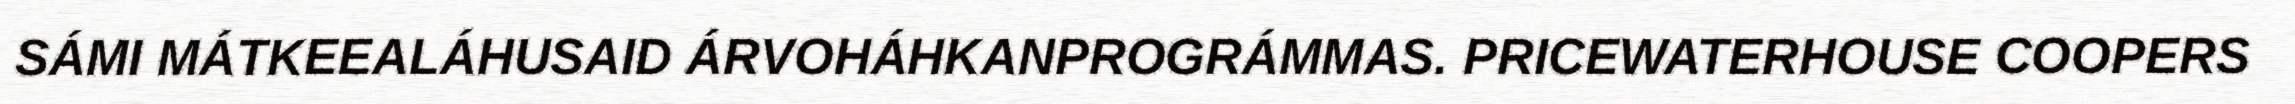
SÁMI MÁTKEEALÁHUSAID ÁRVOHÁHKANPROGRÁMMAS. PRICEWATERHOUSE COOPERS